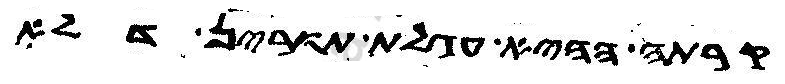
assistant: קרתה ההיא עגלת תורין דלא